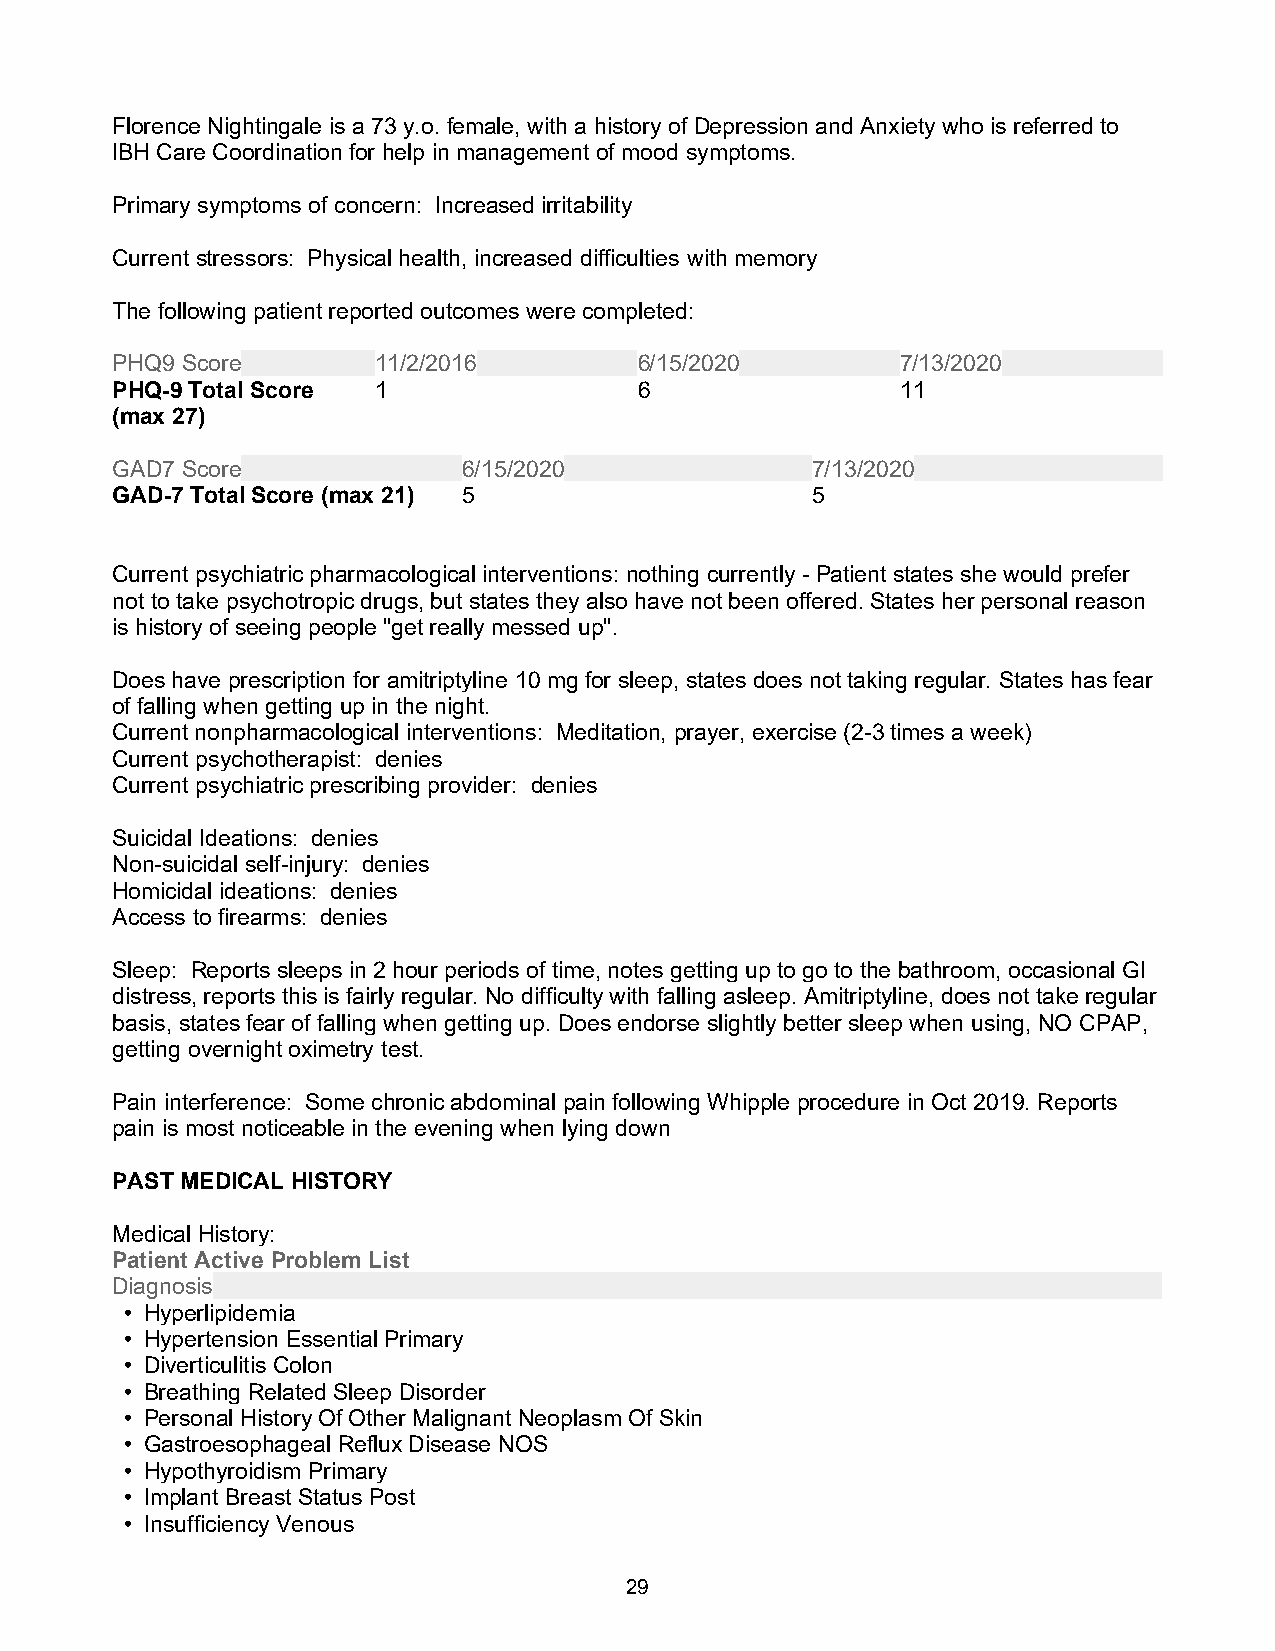
Florence Nightingale is a 73 y.o. female, with a history of Depression and Anxiety who is referred to
 IBH Care Coordination for help in management of mood symptoms.
 Primary symptoms of concern: Increased irritability
 Current stressors: Physical health, increased difficulties with memory
 The following patient reported outcomes were completed:
 PHQ9 Score        11/2/2016        6/15/2020         7/13/2020
 PHQ-9 Total Score 1                6                 11
 (max 27)
 GAD7 Score              6/15/2020              7/13/2020
 GAD-7 Total Score (max 21) 5                   5
 Current psychiatric pharmacological interventions: nothing currently - Patient states she would prefer
 not to take psychotropic drugs, but states they also have not been offered. States her personal reason
 is history of seeing people "get really messed up".
 Does have prescription for amitriptyline 10 mg for sleep, states does not taking regular. States has fear
 of falling when getting up in the night.
 Current nonpharmacological interventions: Meditation, prayer, exercise (2-3 times a week)
 Current psychotherapist: denies
 Current psychiatric prescribing provider: denies
 Suicidal Ideations: denies
 Non-suicidal self-injury: denies
 Homicidal ideations: denies
 Access to firearms: denies
 Sleep: Reports sleeps in 2 hour periods of time, notes getting up to go to the bathroom, occasional GI
 distress, reports this is fairly regular. No difficulty with falling asleep. Amitriptyline, does not take regular
 basis, states fear of falling when getting up. Does endorse slightly better sleep when using, NO CPAP,
 getting overnight oximetry test.
 Pain interference: Some chronic abdominal pain following Whipple procedure in Oct 2019. Reports
 pain is most noticeable in the evening when lying down
 PAST MEDICAL HISTORY
 Medical History:
 Patient Active Problem List
 Diagnosis
 • Hyperlipidemia
 • Hypertension Essential Primary
 • Diverticulitis Colon
 • Breathing Related Sleep Disorder
 • Personal History Of Other Malignant Neoplasm Of Skin
 • Gastroesophageal Reflux Disease NOS
 • Hypothyroidism Primary
 • Implant Breast Status Post
 • Insufficiency Venous
 29